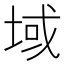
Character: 域